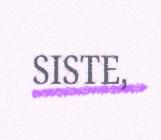
SISTE,